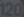
Transcribe